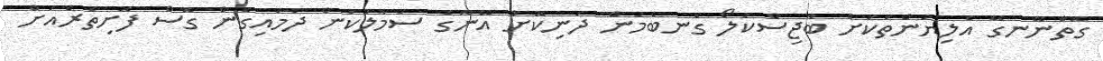
ގޮތްނޭނގޭ އެލިޔުންތަކަށް ބާޖިސްކަލޯ ގެނބެމުން ދަނިކޮށް އޭނާގެ ސަމާލުކަން ދަމައިގެން ގޮސް ފޮށިތެރެއަށް